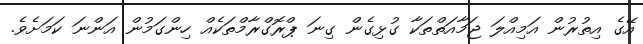
އޭގެ އިތުރުން އަމިއްލަ ޖަމާއަތްތަކާ ގުޅިގެން ގިނަ ޕްރޮގްރާމްތަކެއް ހިންގަމުން އަންނަ ކަމަށެވެ.